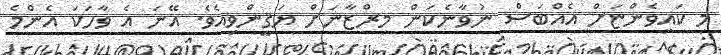
މި ކައިވެންޏަށް އެއްބަސް ނުވާނެކަން މިރްޒާނަށް ޔަޤީންވިއެވެ. އޭނަ އެ ވާހަކަ އެންމެ